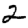
Digit: 2